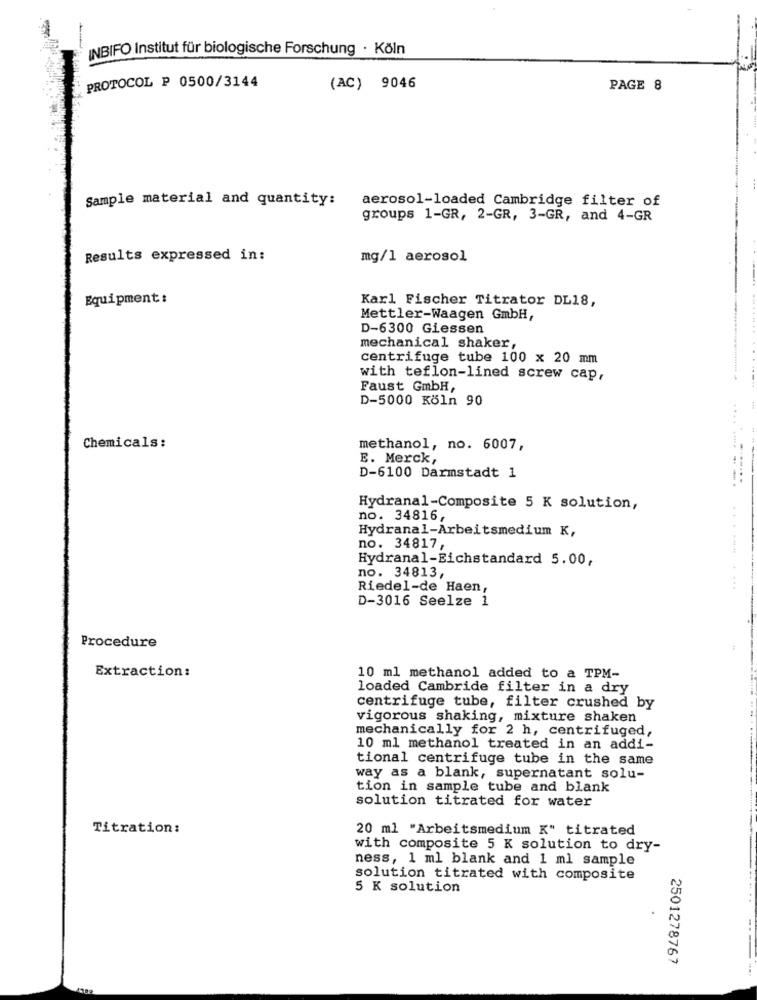
INBIFO Institut für biologische Forschung · Köln
PROTOCOL P 0500/3144
(AC) 9046
PAGE 8
Sample material and quantity:
aerosol-loaded Cambridge filter of
groups 1-GR, 2-GR, 3-GR, and 4-GR
Results expressed in:
mg/l aerosol
Equipment :
Karl Fischer Titrator DL18,
Mettler-Waagen GmbH,
D-6300 Giessen
mechanical shaker,
centrifuge tube 100 x 20 mm
with teflon-lined screw cap,
Faust GmbH,
D-5000 Köln 90
Chemicals:
methanol, no. 6007,
E. Merck,
D-6100 Darmstadt 1
--
Hydranal-Composite 5 K solution,
no. 34816,
Hydranal-Arbeitsmedium K,
no. 34817,
Hydranal-Eichstandard 5.00,
no. 34813,
Riedel-de Haen,
....... . ...
D-3016 Seelze 1
Procedure
Extraction:
10 ml methanol added to a TPM-
loaded Cambride filter in a dry
centrifuge tube, filter crushed by
vigorous shaking, mixture shaken
mechanically for 2 h, centrifuged,
10 ml methanol treated in an addi-
tional centrifuge tube in the same
way as a blank, supernatant solu-
tion in sample tube and blank
solution titrated for water
Titration:
20 ml "Arbeitsmedium K" titrated
with composite 5 K solution to dry-
ness, 1 ml blank and 1 ml sample
solution titrated with composite
5 K solution
....
2501278767